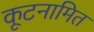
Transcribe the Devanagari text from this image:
कूटनामित